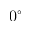
0 ^ { \circ }